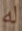
له